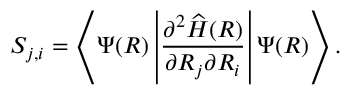
{ S } _ { { j } , { i } } = \left\langle \Psi ( \boldsymbol { R } ) \left| \frac { \partial ^ { 2 } \widehat { { H } } ( \boldsymbol { R } ) } { \partial \boldsymbol { R } _ { { j } } \partial \boldsymbol { R } _ { { i } } } \right| \Psi ( \boldsymbol { R } ) \right\rangle .